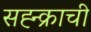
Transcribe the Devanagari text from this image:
सह्न्क्राची